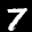
Label: 7